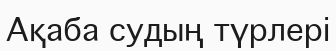
Ақаба судың түрлері